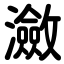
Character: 瀲